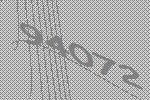
94072